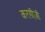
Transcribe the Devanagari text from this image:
करग़ीज़ी